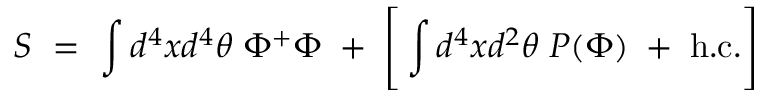
S \ = \ \int d ^ { 4 } x d ^ { 4 } \theta \; \Phi ^ { + } \Phi \; + \; \Bigg [ \int d ^ { 4 } x d ^ { 2 } \theta \; P ( \Phi ) \; + \; \mathrm { h . c . } \Bigg ]